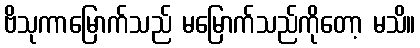
ဗိသုကာမြောက်သည် မမြောက်သည်ကိုတော့ မသိ။